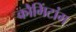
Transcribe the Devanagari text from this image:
कौमिंटांग